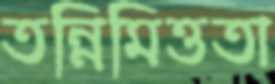
তন্নিমিত্ততা